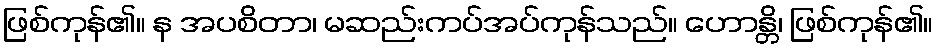
ဖြစ်ကုန်၏။ န အပစိတာ၊ မဆည်းကပ်အပ်ကုန်သည်။ ဟောန္တိ၊ ဖြစ်ကုန်၏။